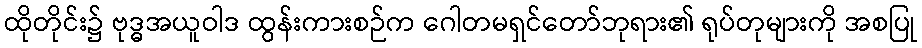
ထိုတိုင်း၌ ဗုဒ္ဓအယူဝါဒ ထွန်းကားစဉ်က ဂေါတမရှင်တော်ဘုရား၏ ရုပ်တုများကို အစပြု